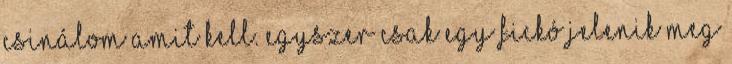
csinálom amit kell. Egyszer csak egy fickó jelenik meg